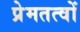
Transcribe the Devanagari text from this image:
प्रेमतत्वों